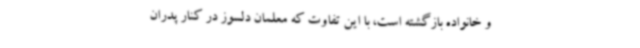
و خانواده بازگشته است، با این تفاوت که معلمان دلسوز در کنار پدران